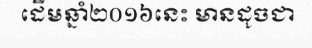
ដើមឆ្នាំ២០១៦នេះ មានដូចជា